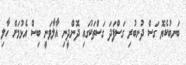
ބަނބުކެޔޮ ގަސް ދުނބުރި ގަސްފަދަ ގަސްތަކުގައި ދޮންދީނި އާލާވަނީ ބިސް އެޅުމަށް ހާލި